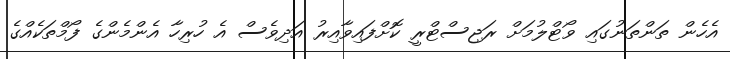
އެހެން ތަންތަނުގައި ވޯޓްލުމަށް ރަޖިސްޓްރީ ކޮށްފައިވާއިރު އަދިވެސް އެ ހުރިހާ އެންމެންގެ ފޯމްތަކެއްގެ